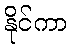
နိုင်ကာ